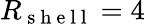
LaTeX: R_{\mathrm{~s~h~e~l~l~}}=4